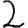
Digit: 2